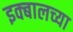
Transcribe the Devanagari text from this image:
इक्बालच्या